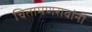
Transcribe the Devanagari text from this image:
चितामणरावांनी